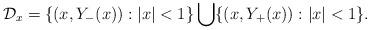
LaTeX: \begin{align*}\mathcal{D}_{x}=\{(x,Y_{-}(x)): \vert x\vert < 1\} \bigcup \{(x,Y_{+}(x)): \vert x\vert <1\}.\end{align*}